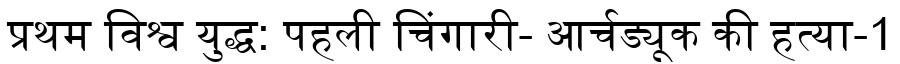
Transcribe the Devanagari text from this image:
प्रथम विश्व युद्ध: पहली चिंगारी- आर्चड्यूक की हत्या-1